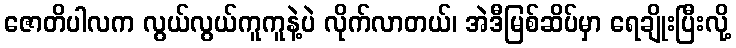
ဇောတိပါလက လွယ်လွယ်ကူကူနဲ့ပဲ လိုက်လာတယ်၊ အဲဒီမြစ်ဆိပ်မှာ ရေချိုးပြီးလို့